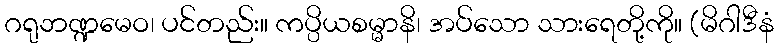
ဂရုဘဏ္ဍမေဝ၊ ပင်တည်း။ ကပ္ပိယစမ္မာနိ၊ အပ်သော သားရေတို့ကို။ (မိဂါဒီနံ